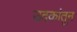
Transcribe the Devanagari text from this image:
उदकांतून